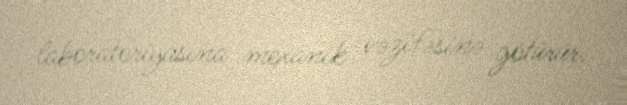
laboratoriyasına mexanik vəzifəsinə götürür.